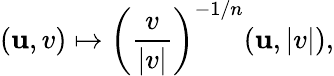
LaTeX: (\mathbf{u},v)\mapsto\left(\frac{{v}}{{|v|}}\right)^{-1/n}(\mathbf{u},|v|),